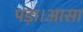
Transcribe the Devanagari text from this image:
पड़ा।आसा